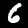
Digit: 6